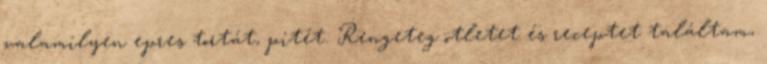
valamilyen epres tortát, pitét. Rengeteg ötletet és receptet találtam,